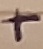
Text: +